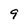
Character: 9